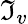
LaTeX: \mathfrak{I}_{v}